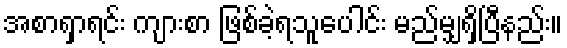
အစာရှာရင်း ကျားစာ ဖြစ်ခဲ့ရသူပေါင်း မည်မျှရှိပြီနည်း။